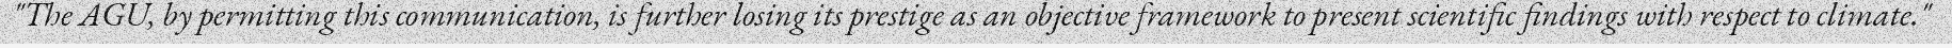
"The AGU, by permitting this communication, is further losing its prestige as an objective framework to present scientific findings with respect to climate."